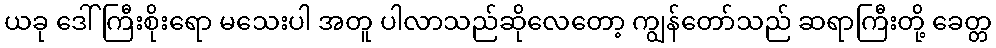
ယခု ဒေါ်ကြီးစိုးရော မသေးပါ အတူ ပါလာသည်ဆိုလေတော့ ကျွန်တော်သည် ဆရာကြီးတို့ ခေတ္တ